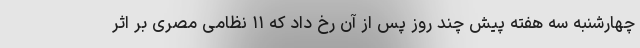
چهارشنبه سه هفته پیش چند روز پس از آن رخ داد که ۱۱ نظامی مصری بر اثر